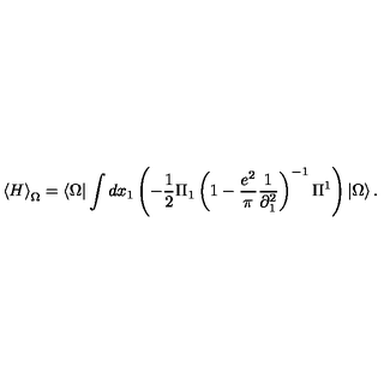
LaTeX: \left\langle H \right\rangle _ { \Omega } = \left\langle \Omega \right| \int { d x _ { 1 } } \left( { - \frac { 1 } { 2 } \Pi _ { 1 } \left( { 1 - \frac { { e ^ { 2 } } } { \pi } \frac { 1 } { { \partial _ { 1 } ^ { 2 } } } } \right) ^ { - 1 } \Pi ^ { 1 } } \right) \left| \Omega \right\rangle .